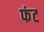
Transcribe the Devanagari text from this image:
फंट